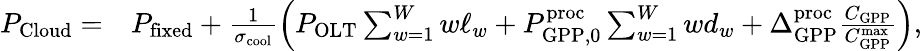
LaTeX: \begin{array}{rl}{P_{\mathrm{Cloud}}=}&{P_{\mathrm{fixed}}+\frac{1}{\sigma_{\mathrm{cool}}}\left(P_{\mathrm{OLT}}\sum_{w=1}^{W}w\ell_{w}+P_{\mathrm{GPP},0}^{\mathrm{proc}}\sum_{w=1}^{W}wd_{w}+\Delta_{\mathrm{GPP}}^{\mathrm{proc}}\frac{C_{\mathrm{GPP}}}{C_{\mathrm{GPP}}^{\mathrm{max}}}\right),}\end{array}